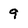
Character: 9